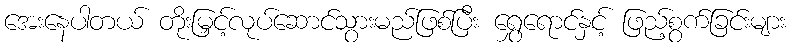
အေးနေပါတယ် တိုးမြှင့်လုပ်ဆောင်သွားမည်ဖြစ်ပြီး ရွှေရောင်နှင့် ဖြည့်စွက်ခြင်းများ